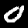
Digit: 0